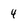
Character: 4